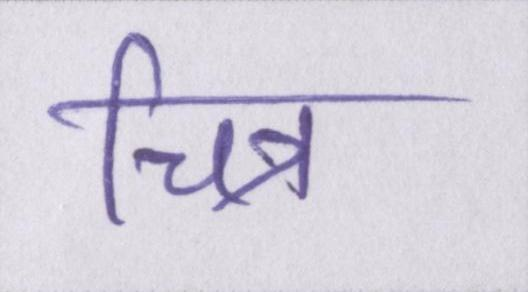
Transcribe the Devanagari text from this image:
चित्र